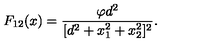
F _ { 1 2 } ( x ) = \frac { \varphi d ^ { 2 } } { [ d ^ { 2 } + x _ { 1 } ^ { 2 } + x _ { 2 } ^ { 2 } ] ^ { 2 } } .